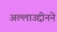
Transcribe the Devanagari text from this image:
अल्लाउद्दीनने